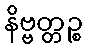
နိဗ္ဗတ္တဉ္စ